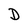
Character: D